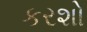
કરશો